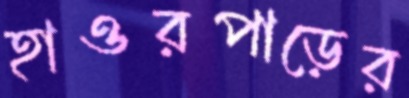
হাওরপাড়ের